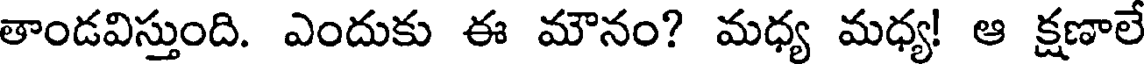
తాండవిస్తుంది. ఎందుకు ఈ మౌనం? మధ్య మధ్య! ఆ క్షణాలే